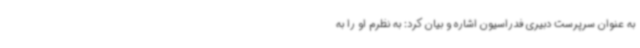
به عنوان سرپرست دبیری فدراسیون اشاره و بیان کرد: به نظرم او را به